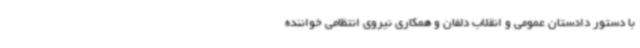
با دستور دادستان عمومی و انقلاب دلفان و همکاری نیروی انتظامی خواننده